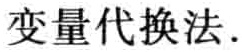
变量代换法.